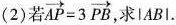
(2)若 $$\overrightarrow{AP}=3 \overrightarrow{PB}$$ ，求|AB|.